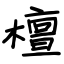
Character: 檀